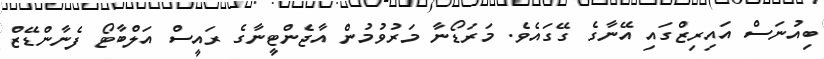
ބިއުނަސް އައިރިޒްގައި އޭނާގެ ގޭގައެވެ. މަރަޑޯނާ މަރުވުމުން އާޖެންޓީނާގެ ރައީސް އަލްބާޓޯ ފެނާންޑޭޒް